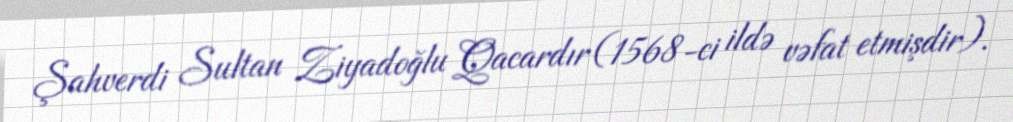
Şahverdi Sultan Ziyadoğlu Qacardır (1568-ci ildə vəfat etmişdir).